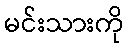
မင်းသားကို